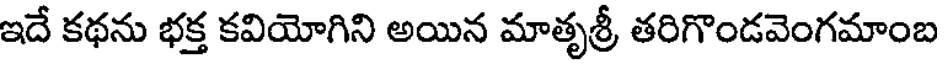
ఇదే కథను భక్త కవియోగిని అయిన మాతృశ్రీ తరిగొండవెంగమాంబ